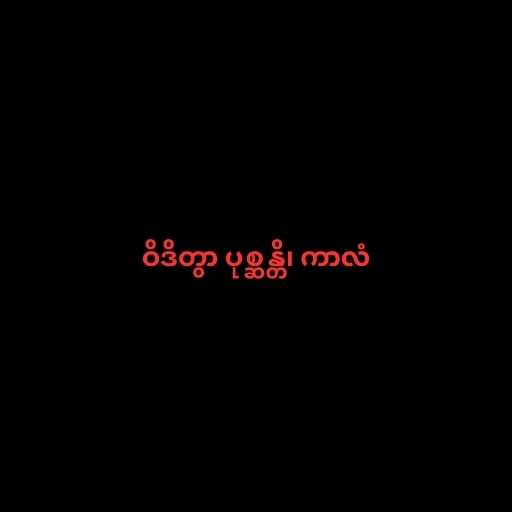
ဝိဒိတွာ ပုစ္ဆန္တိ၊ ကာလံ